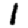
Digit: 1